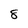
Character: 8